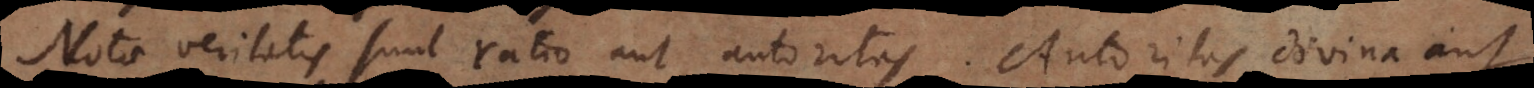
Notae veritatis sunt ratio aut autoritas. Autoritas divina aut